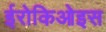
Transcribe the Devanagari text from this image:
ईरोकिओइस